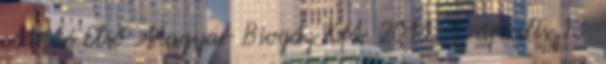
Máté Első Magyar Biogáz Kft. 2011. 1. április 13.